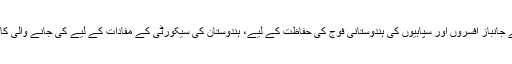
یہ رپورٹ ہے ہندوستانی فوج کے جانباز افسروں اور سپاہیوں کی ہندوستانی فوج کی حفاظت کے لیے، ہندوستان کی سیکورٹی کے مفادات کے لیے کی جانے والی کارروائیوں کے خلاصے کے لیے۔